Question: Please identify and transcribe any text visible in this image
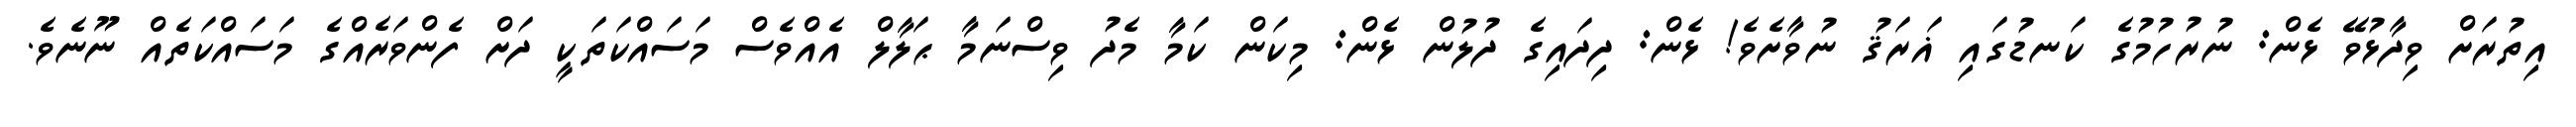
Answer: އިތުރަށް ވިދާޅުވޭ ޅެން: ނުރުހުމުގެ ކަނޑުގައި ޣަރަޤު ނުވާށެވެ! ޅެން: ދިދައިގެ ދުލުން ޅެން: މިކަން ކަމާ މެދު ވިސްނަމާ ޙަލާލް އެއްވެސް މަސައްކަތަކީ ދަށް ފެންވަރެއްގެ މަސައްކަތެއް ނޫނެވެ.